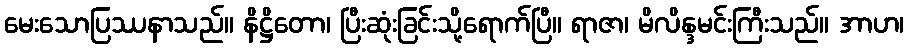
မေးသောပြဿနာသည်။ နိဋ္ဌိတော၊ ပြီးဆုံးခြင်းသို့ရောက်ပြီ။ ရာဇာ၊ မိလိန္ဒမင်းကြီးသည်။ အာဟ၊